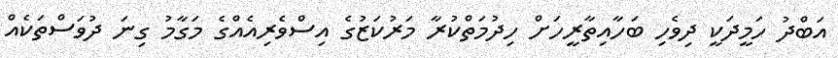
އަބްދު ހަމީދަކީ ދިވެހި ބަހާއިތާރީހަށް ހިދުމަތްކުރާ މަރުކަޒުގެ އިސްވެރިއެއްގެ މަގާމު ގިނަ ދުވަސްތަކެއް